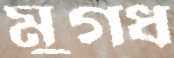
মুগধ